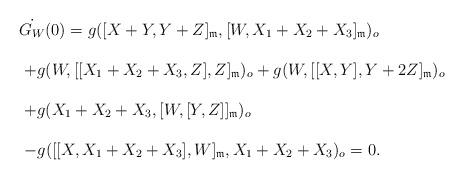
LaTeX: \begin{align*} \begin{array}{lll}&& \dot{G_W}(0)=g([X+Y,Y+Z]_{\frak{m}}, [W, X_1+X_2+X_3]_{\frak{m}})_o\ \\\\&&\ +g(W, [[X_1+X_2+X_3,Z],Z]_{\frak{m}})_o+g(W, [[X,Y], Y+2Z]_{\frak{m}})_o\ \\\\&&\ +g(X_1+X_2+X_3, [W, [Y,Z]]_{\frak{m}})_o\ \\\\&&\ -g([[X,X_1+X_2+X_3],W]_{\frak{m}}, X_1+X_2+X_3)_o=0.\end{array}\end{align*}